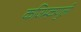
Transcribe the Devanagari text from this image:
कजिम्क़णुली